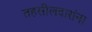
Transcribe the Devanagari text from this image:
तहसीलदारांना